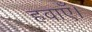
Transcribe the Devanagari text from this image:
हवाएँ।